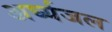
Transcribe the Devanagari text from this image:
अर्घ्यजल